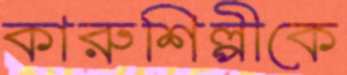
কারুশিল্পীকে